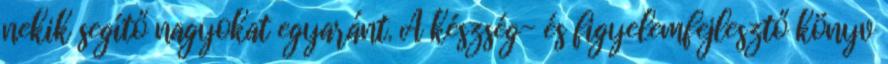
nekik segítő nagyokat egyaránt. A készség- és figyelemfejlesztő könyv